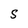
Character: S